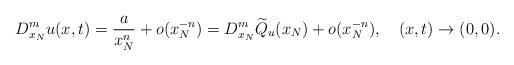
LaTeX: \begin{align*}D_{x_{N}}^{m}u(x,t)=\frac{a}{x_{N}^{n}}+o(x_{N}^{-n})=D_{x_{N}}^{m}\widetilde{Q}_{u}(x_{N})+o(x_{N}^{-n}),\quad(x,t)\rightarrow(0,0).\end{align*}